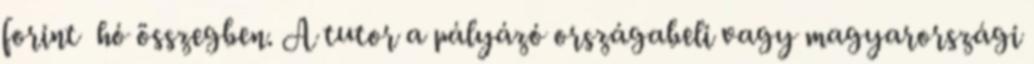
forint hó összegben. A tutor a pályázó országabeli vagy magyarországi